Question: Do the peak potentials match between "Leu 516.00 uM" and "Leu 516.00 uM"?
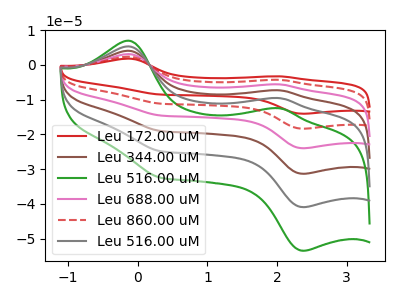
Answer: <think>The red curve "Leu 172.00 uM" has anodic peaks at (-0.15V, 26.75uA) (2.05V, -47.90uA) and cathodic peaks at (2.35V, -204.70uA) (0.35V, -124.30uA). The brown curve "Leu 344.00 uM" has anodic peaks at (-0.15V, 10.70uA) (2.05V, -19.15uA) and cathodic peaks at (2.35V, -81.85uA) (0.35V, -49.70uA). The green curve "Leu 516.00 uM" has anodic peaks at (-0.15V, 7.00uA) (2.05V, -12.50uA) and cathodic peaks at (2.35V, -53.50uA) (0.35V, -32.50uA). The pink curve "Leu 688.00 uM" has anodic peaks at (-0.15V, 16.05uA) (2.05V, -28.75uA) and cathodic peaks at (2.35V, -122.80uA) (0.35V, -74.60uA). The red dashed curve "Leu 860.00 uM" has anodic peaks at (-0.15V, 21.40uA) (2.05V, -38.30uA) and cathodic peaks at (2.35V, -163.75uA) (0.35V, -99.45uA). The gray curve "Leu 516.00 uM" has anodic peaks at (-0.15V, 5.35uA) (2.05V, -9.60uA) and cathodic peaks at (2.35V, -40.95uA) (0.35V, -24.85uA).</think>
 <answer>Yes, "Leu 516.00 uM" have a peak in "Leu 516.00 uM" at the same potential.</answer>
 <eval>match</eval>